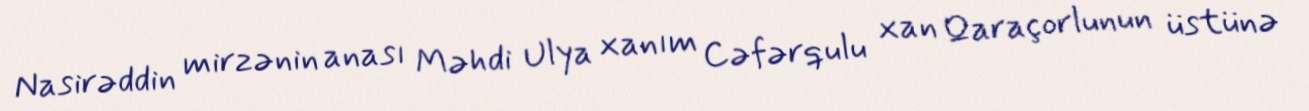
Nasirəddin mirzənin anası Məhdi Ulya xanım Cəfərqulu xan Qaraçorlunun üstünə